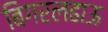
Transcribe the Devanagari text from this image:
बिगरलढाऊ